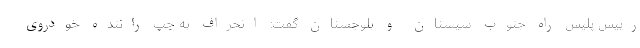
رییس پلیس راه جنوب سیستان و بلوچستان گفت: انحراف به چپ راننده خودروی